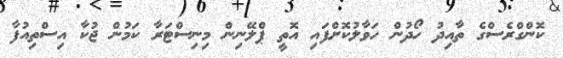
ކޮންގްރެސްގެ ތާއިދު ހޯދުން ހަވާލުކޮށްފައި އޮތީ ޕްލޭނިން މިނިސްޓަރާ ކަމުން ޖުކާ އިސްތިއުފާ